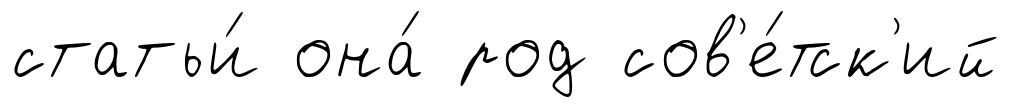
статьи́ она́ род сов'е́тск'ий